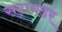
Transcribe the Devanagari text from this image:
सट्रायडर